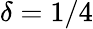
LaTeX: \delta=1/4